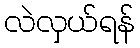
လဲလှယ်ရန်